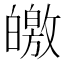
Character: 皦